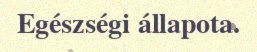
Egészségi állapota.